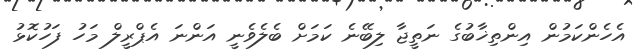
އެހެންކަމުން އިންތިޚާބުގެ ނަތީޖާ ލިބޭނެ ކަމަށް ބެލެވެނީ އަންނަ އެޕްރީލް މަހު ފަހުކޮޅު